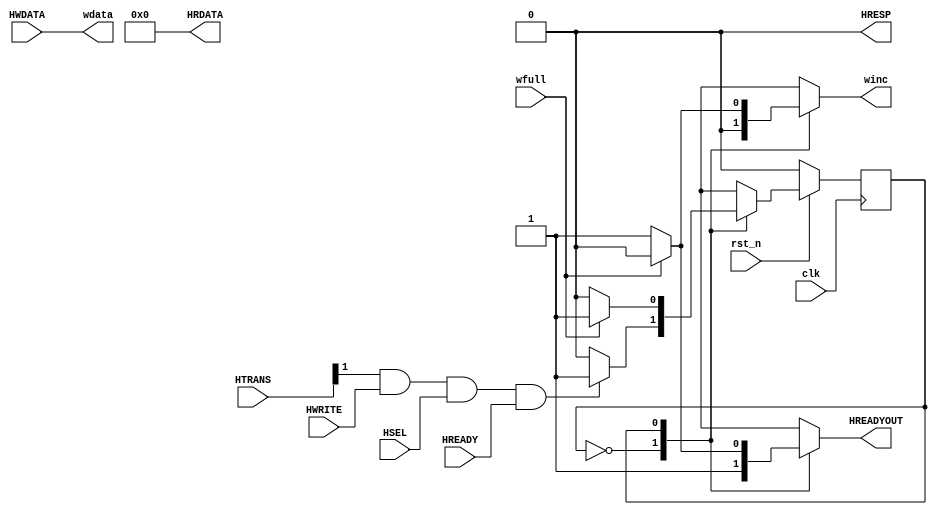
module AHB_FIFO_Interface(input wire        clk,rst_n,
                          input wire        wfull,
                          input wire        HSEL,HWRITE,HREADY,
                          input wire[1:0]   HTRANS,
                          input wire[31:0]  HWDATA,
                          output reg        HREADYOUT,
                          output wire[31:0] HRDATA,
                          output wire       HRESP,
                          output reg        winc,
                          output wire[31:0] wdata);

    assign HRDATA = 32'b0;
    assign HRESP  = 1'b0;

    parameter AddrPh = 1'b0;
    parameter DataPh = 1'b1;
    reg curr_state,next_state;

    always @(posedge clk) begin
        if(!rst_n) curr_state <= AddrPh;
        else curr_state <= next_state;
    end

    always @(*) begin
        case(curr_state)
            AddrPh:begin
                if(HTRANS[1]&HWRITE&HSEL&HREADY) begin
                    next_state = DataPh;
                    HREADYOUT  = 1'b1;
                    winc       = 1'b0;
                end
                else begin
                    next_state = AddrPh;
                    HREADYOUT  = 1'b1;
                    winc       = 1'b0;
                end
            end
            DataPh:begin
                if(wfull)begin
                    next_state = DataPh;
                    HREADYOUT  = 1'b0;
                    winc       = 1'b0;
                end
                else begin
                    next_state = AddrPh;
                    HREADYOUT  = 1'b1;
                    winc       = 1'b1;
                end
            end
            default:begin
                next_state = AddrPh;
                HREADYOUT  = 1'b1;
                winc       = 1'b0;
            end
        endcase
    end


    assign wdata = HWDATA[31:0];

endmodule